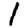
Digit: 1